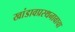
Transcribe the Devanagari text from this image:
खांडावप्रस्थनावाचा